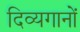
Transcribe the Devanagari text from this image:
दिव्यगानों